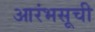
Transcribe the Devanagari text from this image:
आरंभसूची